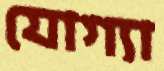
যোগ্যা